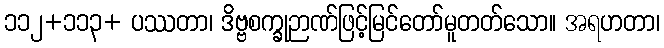
၁၁၂+၁၁၃+ ပဿတာ၊ ဒိဗ္ဗစက္ခုဉာဏ်ဖြင့်မြင်တော်မူတတ်သော။ အရဟတာ၊